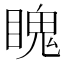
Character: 䁛